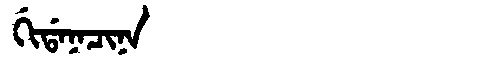
Manchu: ᡤᡳᡩᠠᠨᠠᠴᡳᠨᠠ
Romanization: GIDANACINA